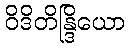
ဝိဒိတိန္ဒြိယော